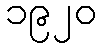
၁၉၂၀